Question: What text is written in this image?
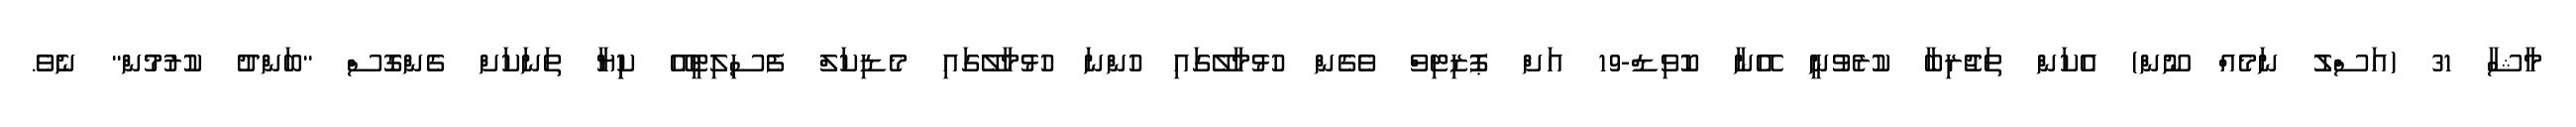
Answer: މާޝާ 31 (އަސްލު ނަމެއް ނޫން) އެކަން ތަޖުރިބާ ކުރެވުނީ އޭނާ ކޮވިޑް-19 އަށް ޕޮޒިޓިވް ވެގެން ހުޅުމާލޭގައި ހުންނަ ހުޅުމާލޭގައި މެޑިކަލް ފެސިލިޓީއޭ ކިިޔާ ތަނަކަށް ގެންގޮސް "ބަންދު ކުރުމުން" ނެވެ.